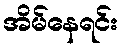
အိမ်နေရင်း